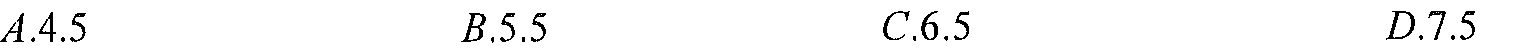
\(A.4.5\)  \(\ \ \ \ \ \ \ \ \ \ \ \ \ \ \ \ B.5.5\)  \(\ \ \ \ \ \ \ \ \ \ \ \ \ \ \ \ C.6.5\)  \(\ \ \ \ \ \ \ \ \ \ \ \ \ \ \ \ D.7.5\)